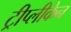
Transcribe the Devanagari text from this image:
ट्रीप्लीकेन